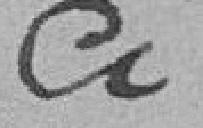
ci :